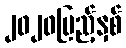
၂၀၂၀ပြည့်နှစ်